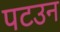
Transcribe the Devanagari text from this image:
पटउन